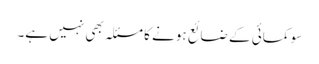
سو کمائی کے ضائع ہونے کا مسئلہ بھی نہیں ہے۔